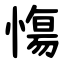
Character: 慯